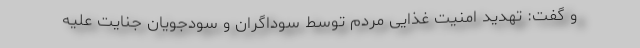
و گفت: تهدید امنیت غذایی مردم توسط سوداگران و سودجویان جنایت علیه